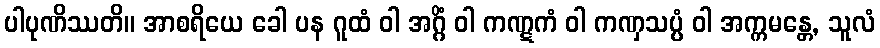
ပါပုဏိဿတိ။ အာစရိယေ ခေါ ပန ဂူထံ ဝါ အဂ္ဂိံ ဝါ ကဏ္ဋကံ ဝါ ကဏှသပ္ပံ ဝါ အက္ကမန္တေ, သူလံ